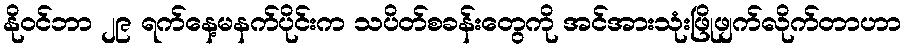
နိုဝင်ဘာ ၂၉ ရက်နေ့မနက်ပိုင်းက သပိတ်စခန်းတွေကို အင်အားသုံးဖြိုဖျက်လိုက်တာဟာ